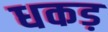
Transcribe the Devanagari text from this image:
धकड़